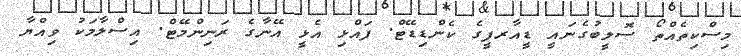
މިސްކިތެއްތޯ ސޮލީބުގެނައީ ޑީއާރޕީގެ ކެންޑިޑޭޓް. ފައްޅި އެޅީ އޭނާގެ ރަނިންމޭޓް. އިސްލާމަކު ވިއްޔާ